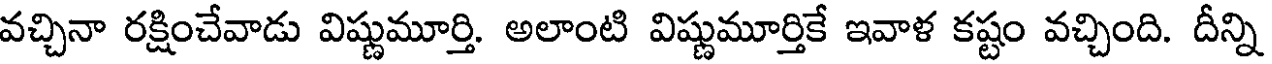
వచ్చినా రక్షించేవాడు విష్ణుమూర్తి. అలాంటి విష్ణుమూర్తికే ఇవాళ కష్టం వచ్చింది. దీన్ని